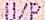
U/P